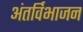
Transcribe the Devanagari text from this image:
अंतर्विभाजन